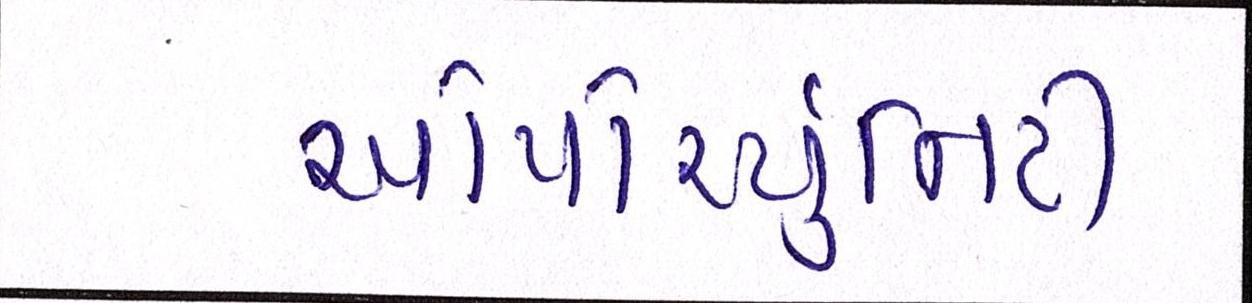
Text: ઓપોર્ચ્યુનિટી